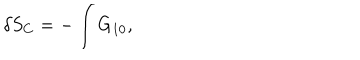
LaTeX: \delta S _ { C } = - \int G _ { 1 0 } ,